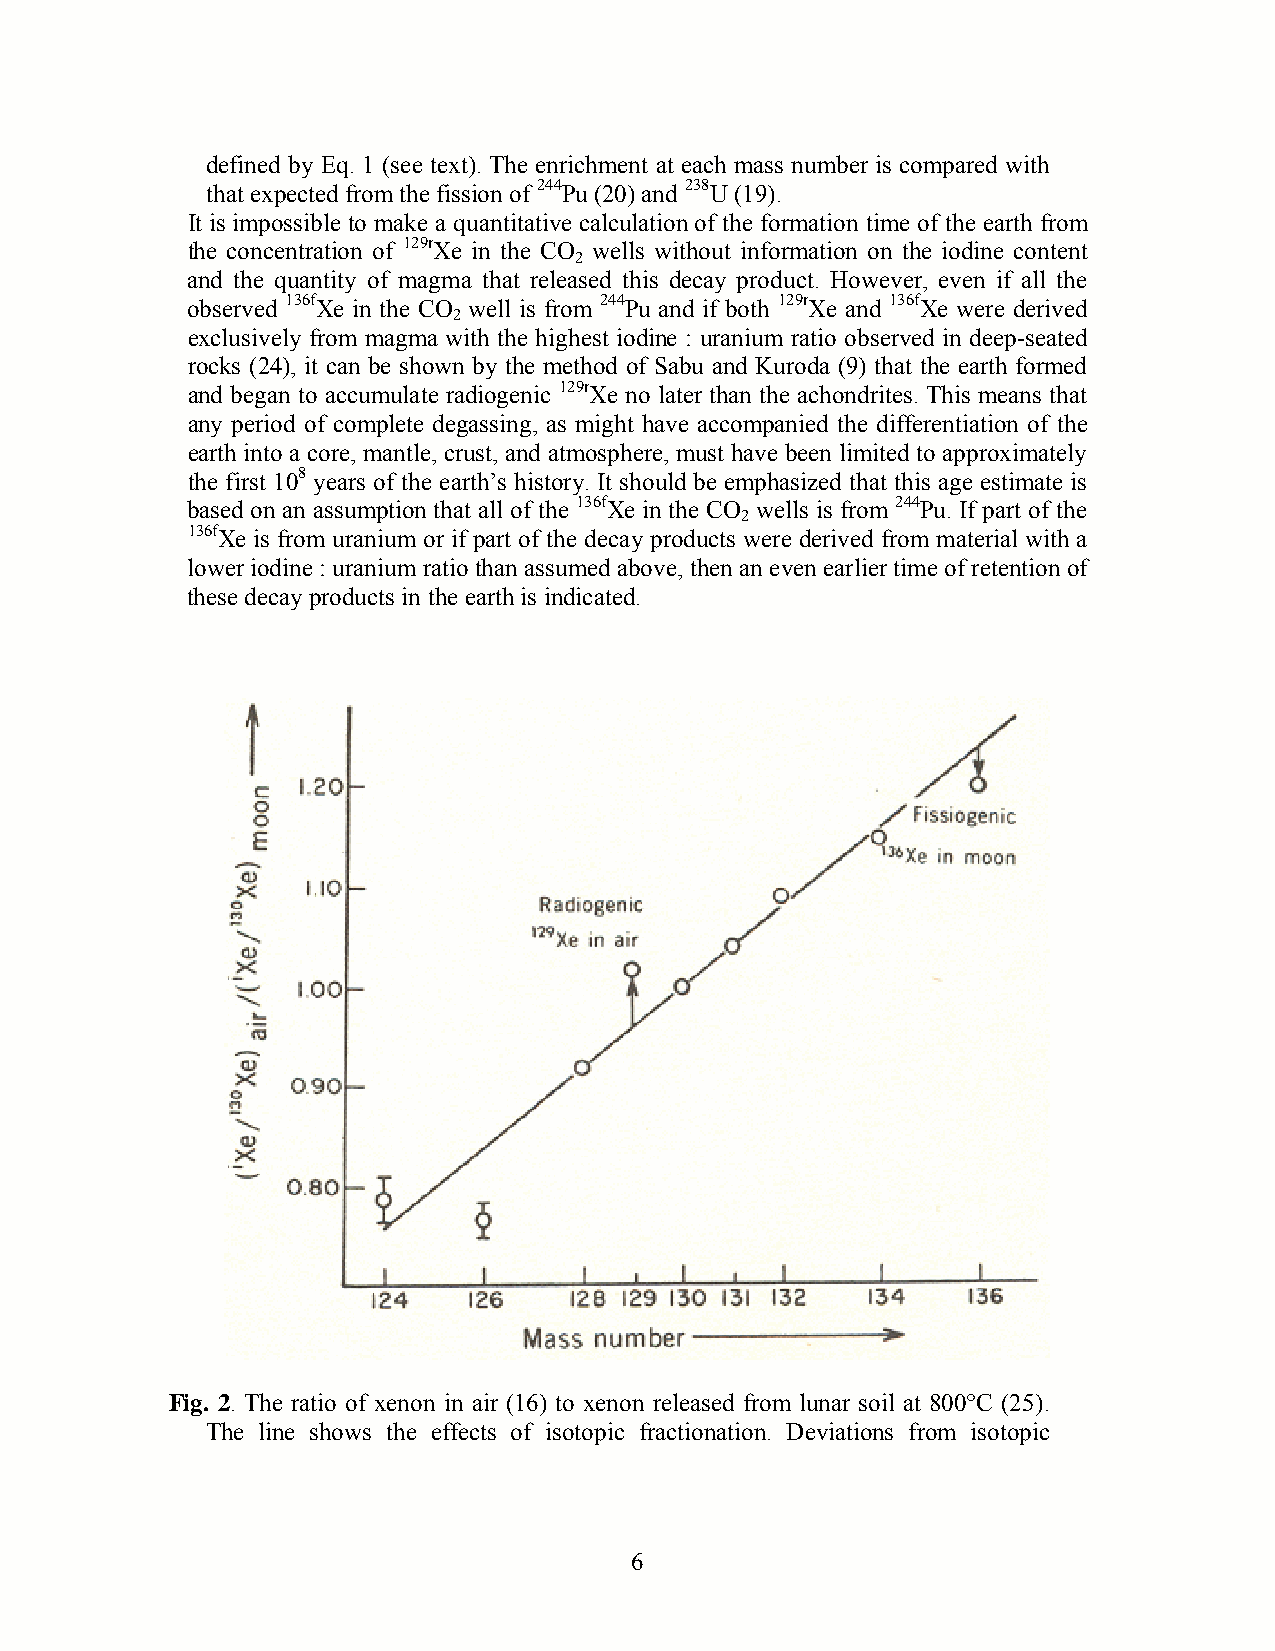
defined by Eq. 1 (see text). The enrichment at each mass number is compared with
 that expected from the fission of 244Pu (20) and 238U (19).
 It is impossible to make a quantitative calculation of the formation time of the earth from
 the concentration of 129rXe in the CO wells without information on the iodine content
 2
 and the quantity of magma that released this decay product. However, even if all the
 observed 136fXe in the CO well is from 244Pu and if both 129rXe and 136fXe were derived
 2
 exclusively from magma with the highest iodine : uranium ratio observed in deep-seated
 rocks (24), it can be shown by the method of Sabu and Kuroda (9) that the earth formed
 and began to accumulate radiogenic 129rXe no later than the achondrites. This means that
 any period of complete degassing, as might have accompanied the differentiation of the
 earth into a core, mantle, crust, and atmosphere, must have been limited to approximately
 the first 108 years of the earth’s history. It should be emphasized that this age estimate is
 based on an assumption that all of the 136fXe in the CO wells is from 244Pu. If part of the
 2
 136fXe is from uranium or if part of the decay products were derived from material with a
 lower iodine : uranium ratio than assumed above, then an even earlier time of retention of
 these decay products in the earth is indicated.
 Fig. 2. The ratio of xenon in air (16) to xenon released from lunar soil at 800°C (25).
 The line shows the effects of isotopic fractionation. Deviations from isotopic
 6